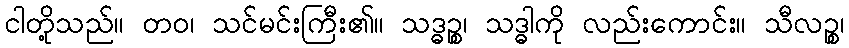
ငါတို့သည်။ တဝ၊ သင်မင်းကြီး၏။ သဒ္ဓဉ္စ၊ သဒ္ဓါကို လည်းကောင်း။ သီလဉ္စ၊